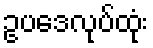
ဥပဒေလုပ်ထုံး